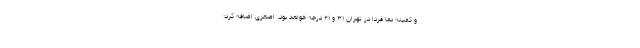
و کمینه دما فردا در تهران ۳۱ و ۲۱ درجه خواهد بود. اصغری اضافه کرد: